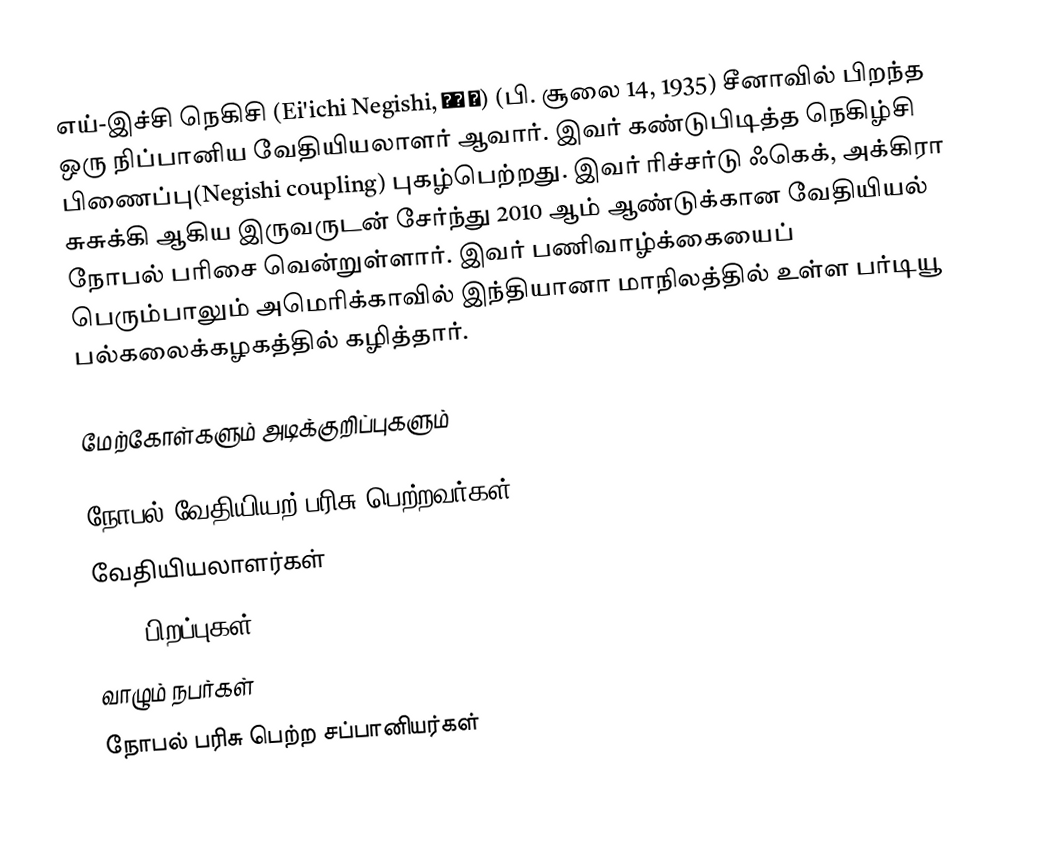
எய்-இச்சி நெகிசி (Ei'ichi Negishi, 根岸 英) (பி. சூலை 14, 1935) சீனாவில் பிறந்த ஒரு நிப்பானிய வேதியியலாளர் ஆவார். இவர் கண்டுபிடித்த நெகிழ்சி பிணைப்பு(Negishi coupling) புகழ்பெற்றது. இவர் ரிச்சர்டு ஃகெக், அக்கிரா சுசுக்கி ஆகிய இருவருடன் சேர்ந்து 2010 ஆம் ஆண்டுக்கான வேதியியல் நோபல் பரிசை வென்றுள்ளார். இவர் பணிவாழ்க்கையைப் பெரும்பாலும் அமெரிக்காவில் இந்தியானா மாநிலத்தில் உள்ள பர்டியூ பல்கலைக்கழகத்தில் கழித்தார்.

மேற்கோள்களும் அடிக்குறிப்புகளும்

நோபல் வேதியியற் பரிசு பெற்றவர்கள்
வேதியியலாளர்கள்
1935 பிறப்புகள்
வாழும் நபர்கள்
நோபல் பரிசு பெற்ற சப்பானியர்கள்